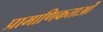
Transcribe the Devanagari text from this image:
प्रामाणिकताओं